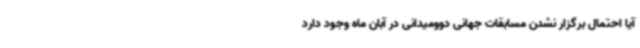
آیا احتمال برگزار نشدن مسابقات جهانی دوومیدانی در آبان ماه وجود دارد